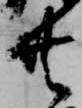
共